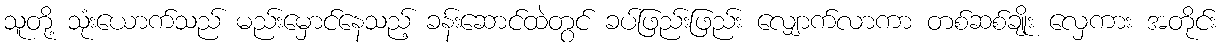
သူတို့ သုံးယောက်သည် မည်းမှောင်နေသည့် ခန်းဆောင်ထဲတွင် ခပ်ဖြည်းဖြည်း လျှောက်လာကာ တစ်ဆစ်ချိုး လှေကား အတိုင်း